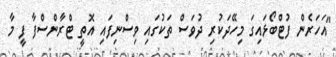
"އަހަރެން ފުޓްބޯޅައިގަ މިހޭދަކުރި ދުވަސް ތަކުގައި ވިސްނިފައި އޮތީ ޓްރާންސްފާ ފީ މާ